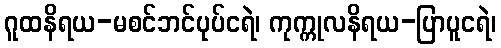
ဂူထနိရယ-မစင်ဘင်ပုပ်ငရဲ၊ ကုက္ကုလနိရယ-ပြာပူငရဲ၊